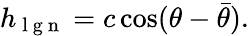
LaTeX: h_{\mathrm{~l~g~n~}}=c\cos(\theta-\bar{\theta}).